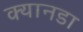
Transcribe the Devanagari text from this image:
क्यानडा